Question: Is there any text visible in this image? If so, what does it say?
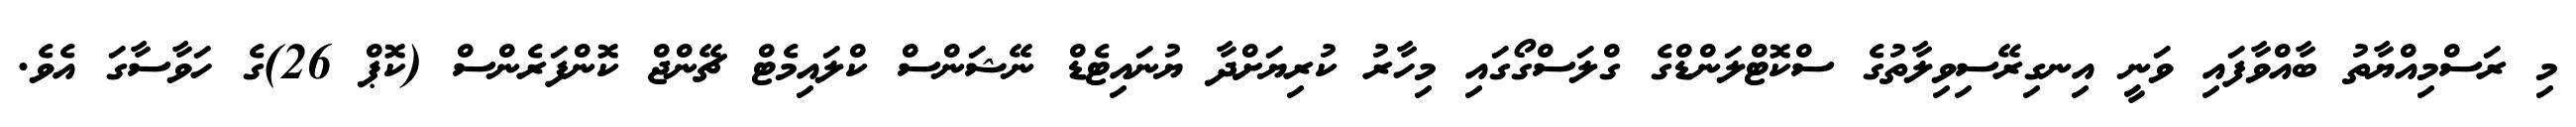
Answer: މި ރަސްމިއްޔާތު ބާއްވާފައި ވަނީ އިނގިރޭސިވިލާތުގެ ސްކޮޓްލަންޑްގެ ގްލަސްގޯގައި މިހާރު ކުރިޔަށްދާ ޔުނައިޓެޑް ނޭޝަންސް ކްލައިމެޓް ޗޭންޖް ކޮންފަރެންސް (ކޮޕް 26)ގެ ހަވާސާގަ އެވެ.